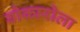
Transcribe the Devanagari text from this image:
बोकारोला